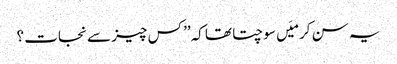
یہ سن کر میَں سوچتا تھا کہ’’ کس چیز سے نجات ؟